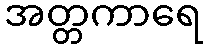
အတ္တကာရေ